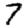
Digit: 7